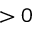
> 0